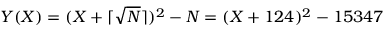
Y ( X ) = ( X + \lceil { \sqrt { N } } \rceil ) ^ { 2 } - N = ( X + 1 2 4 ) ^ { 2 } - 1 5 3 4 7